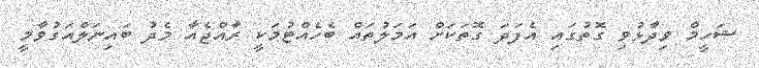
ޝަހީމް ވިދާޅުވި ގޮތުގައި އެފަދަ ގޮތަކަށް އަމަލުތައް ބެހެއްޓުމަކީ ރާއްޖެއާ މެދު ބައިނަލްއަގުވާމީ